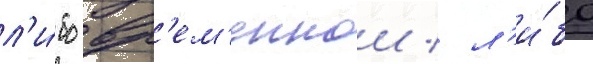
л'и́бо вр'ем'еннои / л'и́бо